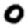
Digit: 0